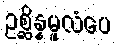
ဥစ္ဆိန္နမူလံပေ